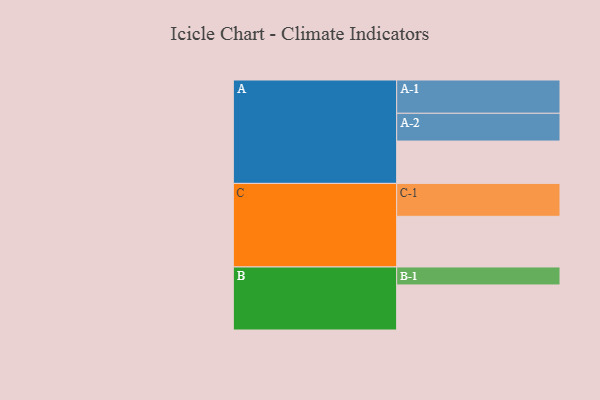
{"axis": {"x": "Segment", "y": "Value"}, "legend": ["", "A", "B", "C"], "data": [{"x": "A", "y": 346, "type": ""}, {"x": "B", "y": 368, "type": ""}, {"x": "C", "y": 414, "type": ""}, {"x": "A-1", "y": 272, "type": "A"}, {"x": "A-2", "y": 227, "type": "A"}, {"x": "B-1", "y": 147, "type": "B"}, {"x": "C-1", "y": 269, "type": "C"}]}